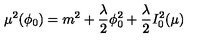
\mu ^ { 2 } ( \phi _ { 0 } ) = m ^ { 2 } + { \frac { \lambda } { 2 } } \phi _ { 0 } ^ { 2 } + { \frac { \lambda } { 2 } } I _ { 0 } ^ { 2 } ( \mu )